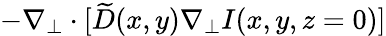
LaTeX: -\nabla_{\perp}\cdot[\widetilde{D}(x,y)\nabla_{\perp}I(x,y,z=0)]